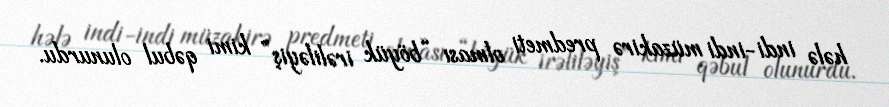
hələ indi-indi müzakirə predmeti olması “böyük irəliləyiş” kimi qəbul olunurdu.